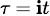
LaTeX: \scriptstyle\tau\ =\ \mathbf{i}t